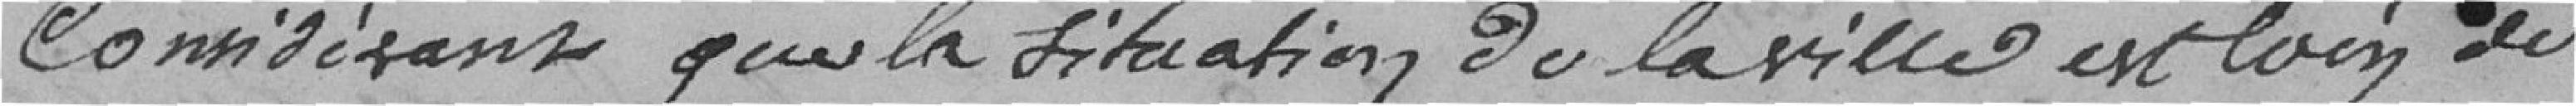
Considérant que la situation de la ville est loin de